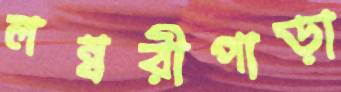
লম্বরীপাড়া